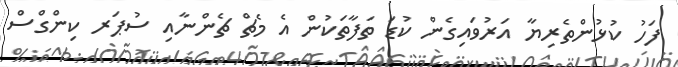
ފަހު ކުޅުންތެރިޔާ އަރުވައިގެން ކުޑަ ތަފާތަކުން އެ މެޗް ޗެންނާއި ސުޕަރ ކިންގްސް